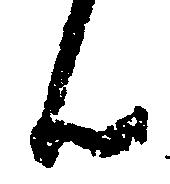
ん